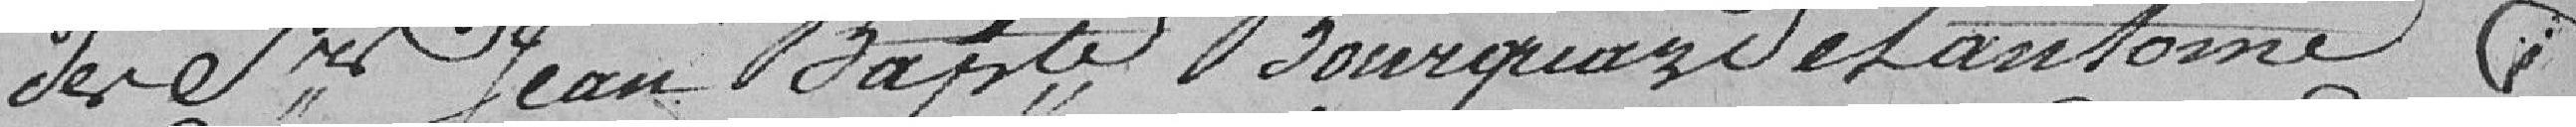
des Sieurs Jean-Baptiste Bourquard de antoine